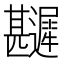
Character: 𲆎